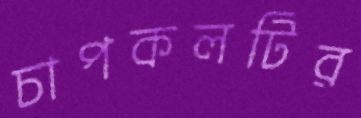
চাপকলটির